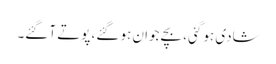
شادی ہو گئی، بچے جوان ہو گئے، پوتے آ گئے۔